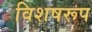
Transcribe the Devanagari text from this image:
विशषरूप